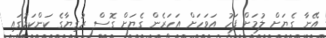
އޭނާ ގެޔަށް ލުމަށް ފަހު އަވަހަށް އަހަރެން ގެޔަށް ގޮސް ރުގިޔާގެ ކަންކަމުގައި